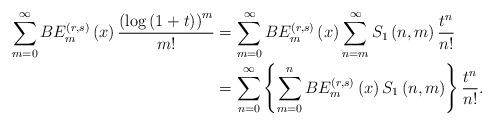
LaTeX: \begin{align*}\sum_{m=0}^{\infty}BE_{m}^{\left(r,s\right)}\left(x\right)\frac{\left(\log\left(1+t\right)\right)^{m}}{m!} & =\sum_{m=0}^{\infty}BE_{m}^{\left(r,s\right)}\left(x\right)\sum_{n=m}^{\infty}S_{1}\left(n,m\right)\frac{t^{n}}{n!}\\ & =\sum_{n=0}^{\infty}\left\{ \sum_{m=0}^{n}BE_{m}^{\left(r,s\right)}\left(x\right)S_{1}\left(n,m\right)\right\} \frac{t^{n}}{n!}.\end{align*}